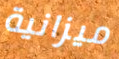
ميزانية